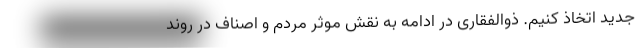
جدید اتخاذ کنیم. ذوالفقاری در ادامه به نقش موثر مردم و اصناف در روند